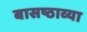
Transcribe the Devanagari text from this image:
बासष्ठाव्या